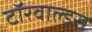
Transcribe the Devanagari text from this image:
टॉरवाल्ड्स